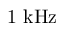
1 \ \mathrm { k H z }